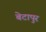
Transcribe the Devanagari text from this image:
बेटापुर